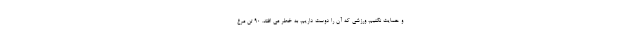
و حمایت نکنیم، ورزشی که آن را دوست داریم، به خطر می افتد. ۹۰ تن مرغ